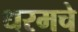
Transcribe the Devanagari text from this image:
धरमचे